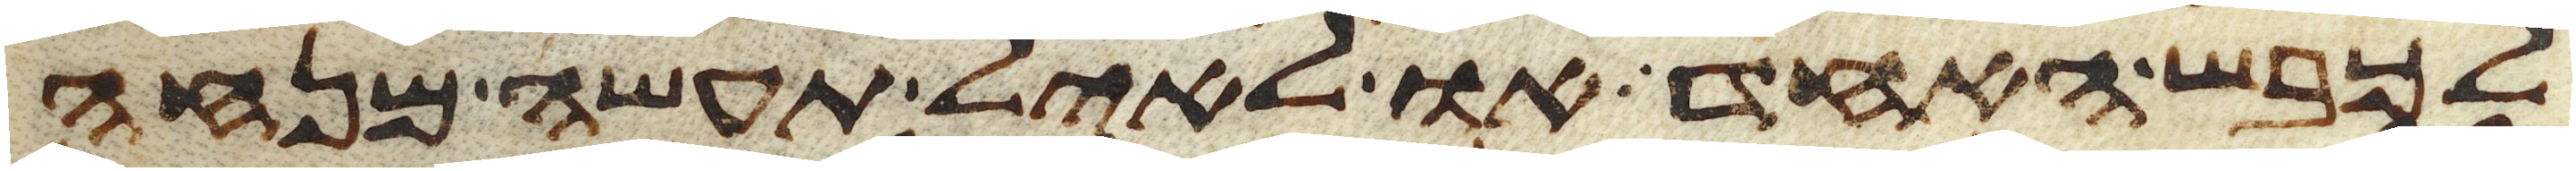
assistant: לכבש האחד או לאיל תעשה מנחה